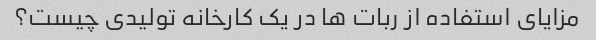
مزایای استفاده از ربات ها در یک کارخانه تولیدی چیست؟